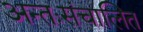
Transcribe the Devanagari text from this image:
अन्तःसंचालित